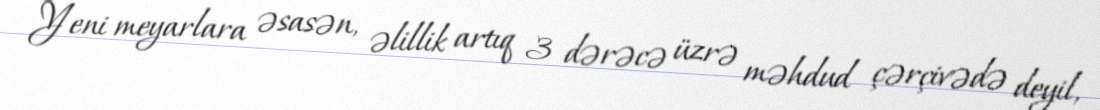
Yeni meyarlara əsasən, əlillik artıq 3 dərəcə üzrə məhdud çərçivədə deyil,